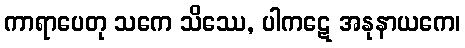
ကာရာပေတု သကေ သိဿေ, ပါကဋေ အနုနာယကေ၊